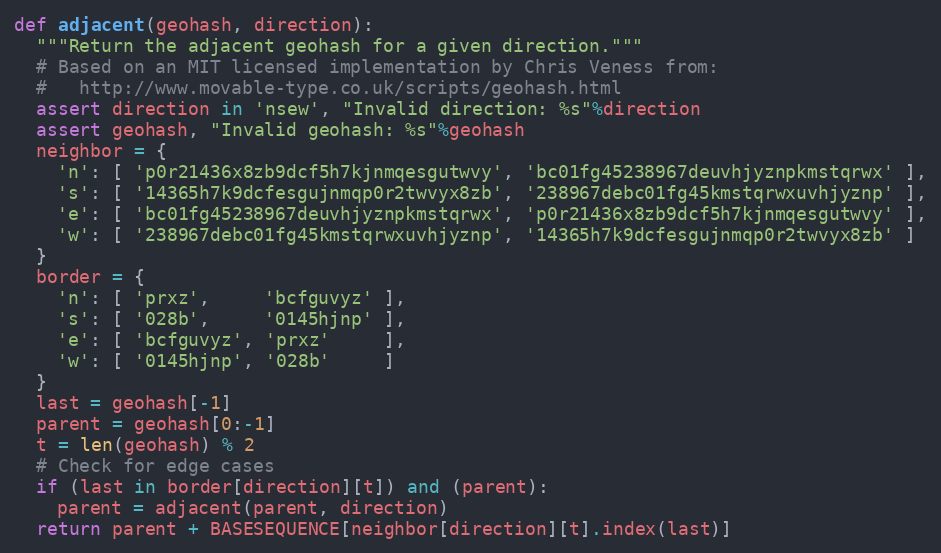
Language: Python
def adjacent(geohash, direction):
  """Return the adjacent geohash for a given direction."""
  # Based on an MIT licensed implementation by Chris Veness from:
  #   http://www.movable-type.co.uk/scripts/geohash.html
  assert direction in 'nsew', "Invalid direction: %s"%direction
  assert geohash, "Invalid geohash: %s"%geohash
  neighbor = {
    'n': [ 'p0r21436x8zb9dcf5h7kjnmqesgutwvy', 'bc01fg45238967deuvhjyznpkmstqrwx' ],
    's': [ '14365h7k9dcfesgujnmqp0r2twvyx8zb', '238967debc01fg45kmstqrwxuvhjyznp' ],
    'e': [ 'bc01fg45238967deuvhjyznpkmstqrwx', 'p0r21436x8zb9dcf5h7kjnmqesgutwvy' ],
    'w': [ '238967debc01fg45kmstqrwxuvhjyznp', '14365h7k9dcfesgujnmqp0r2twvyx8zb' ]
  }
  border = {
    'n': [ 'prxz',     'bcfguvyz' ],
    's': [ '028b',     '0145hjnp' ],
    'e': [ 'bcfguvyz', 'prxz'     ],
    'w': [ '0145hjnp', '028b'     ]
  }
  last = geohash[-1]
  parent = geohash[0:-1]
  t = len(geohash) % 2
  # Check for edge cases
  if (last in border[direction][t]) and (parent):
    parent = adjacent(parent, direction)
  return parent + BASESEQUENCE[neighbor[direction][t].index(last)]